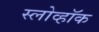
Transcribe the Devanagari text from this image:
स्लोव्हॉक